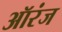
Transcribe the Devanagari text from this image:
ऑरंज